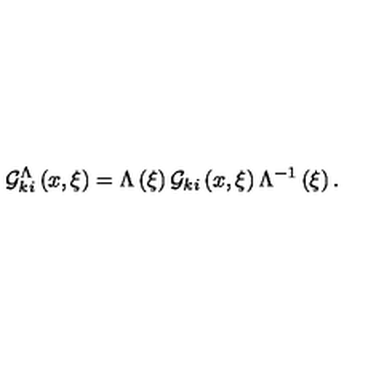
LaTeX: { \cal G } _ { k i } ^ { \Lambda } \left( { x , \xi } \right) = \Lambda \left( \xi \right) { \cal G } _ { k i } \left( { x , \xi } \right) \Lambda ^ { - 1 } \left( \xi \right) .